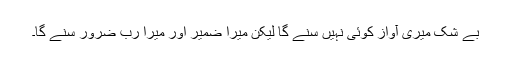
بے شک میری آواز کوئی نہیں سنے گا لیکن میرا ضمیر اور میرا رب ضرور سنے گا۔